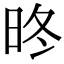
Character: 昸